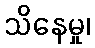
သိနေမှု၊